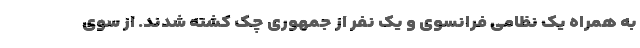
به همراه یک نظامی فرانسوی و یک نفر از جمهوری چک کشته شدند. از سوی